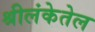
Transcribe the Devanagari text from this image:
श्रीलंकेतेल